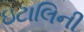
ઇટાલિની